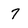
Character: 7